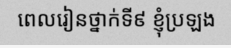
ពេលរៀនថ្នាក់ទី៩ ខ្ញុំប្រឡង